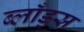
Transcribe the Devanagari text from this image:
ब्लाँड्स